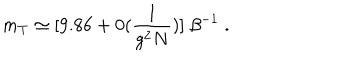
m _ { T } \simeq [ 9 . 8 6 + 0 ( \frac { 1 } { g ^ { 2 } N } ) ] \; \beta ^ { - 1 } \; .